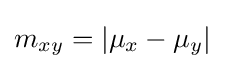
m_{xy}=|\mu _{x}-\mu _{y}|